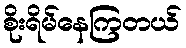
စိုးရိမ်နေကြတယ်